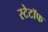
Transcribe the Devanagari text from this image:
स्टेटॉफ